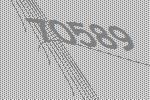
70589